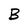
Character: B